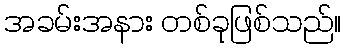
အခမ်းအနား တစ်ခုဖြစ်သည်။